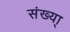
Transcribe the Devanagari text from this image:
संख्या्